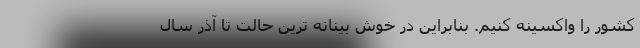
کشور را واکسینه کنیم. بنابراین در خوش بینانه ترین حالت تا آذر سال